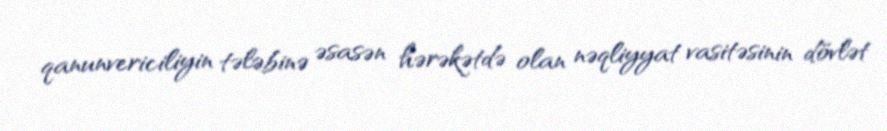
qanunvericiliyin tələbinə əsasən hərəkətdə olan nəqliyyat vasitəsinin dövlət